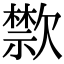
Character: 㱈